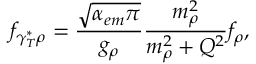
f _ { \gamma _ { T } ^ { * } \rho } = \frac { \sqrt { \alpha _ { e m } \pi } } { g _ { \rho } } \frac { m _ { \rho } ^ { 2 } } { m _ { \rho } ^ { 2 } + Q ^ { 2 } } f _ { \rho } ,